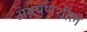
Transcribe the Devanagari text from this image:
अभ्रमणशील